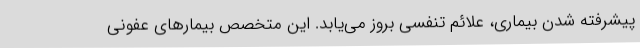
پیشرفته شدن بیماری، علائم تنفسی بروز می‌یابد. این متخصص بیمارهای عفونی